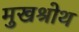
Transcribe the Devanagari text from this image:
मुखश्रोथ